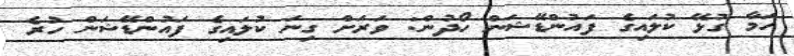
ހަމާ ގުޅޭ ކުލައިގެ ފައުންޑޭޝަން ހޯދުން: ވަރަށް ގިނަ ކުލައިގެ ފައުންޑޭޝަން ހުރެ